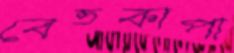
বেতকাপা